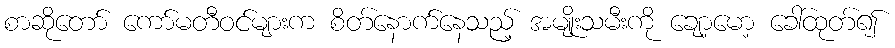
စာဆိုတော် ကော်မတီဝင်များက စိတ်နောက်နေသည့် အမျိုးသမီးကို ချော့မော့ ခေါ်ထုတ်၍